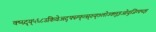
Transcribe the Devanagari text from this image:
क्ष्ग्र्द्य्५६८उकिवेअद्फ्स्ग्फ्त्स्र्रुय्७लोज्क्लुइओयुजिग्फ्च्क्ष